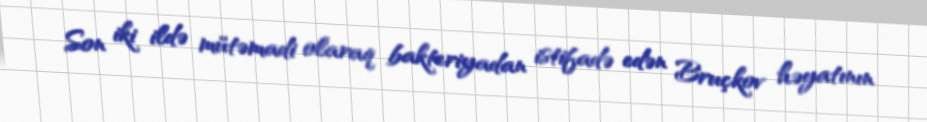
Son iki ildə mütəmadi olaraq bakteriyadan istifadə edən Bruçkov həyatının